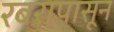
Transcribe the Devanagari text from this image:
रबरापासून